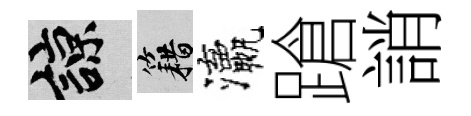
諒籍瀛蹌誚